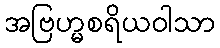
အဗြဟ္မစရိယဝါသာ